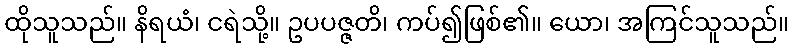
ထိုသူသည်။ နိရယံ၊ ငရဲသို့။ ဥပပဇ္ဇတိ၊ ကပ်၍ဖြစ်၏။ ယော၊ အကြင်သူသည်။